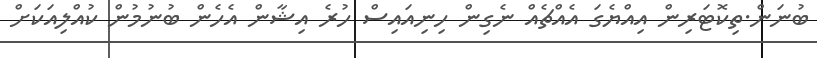
ބުނަން.ތިކޮޓަރިން އިއްޔެގަ އެއްޗެއް ނެގިން ހިނިއައިސް ހުރެ އިޝާން އެހެން ބުނުމުން ކުއްލިއަކަށް